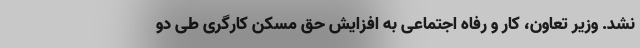
نشد. وزیر تعاون، کار و رفاه اجتماعی به افزایش حق مسکن کارگری طی دو